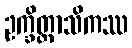
ဥက္ခိတ္တာသိကဿ